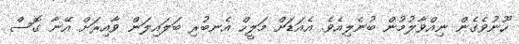
ހޫނުވެގެން ނިއްވާލުމުން ބުނެލިއެވެ. އެއަޑަށް މަލީހް އެނބުރި ބަލައިލަން ވާއިރަށް އޭނާ ގޮސް